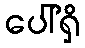
ပေါ်ရှိ